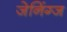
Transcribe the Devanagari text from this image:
जेनिंग्ज